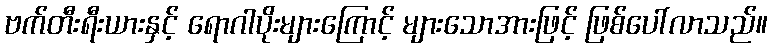
ဗက်တီးရီးယားနှင့် ရောဂါပိုးများကြောင့် များသောအားဖြင့် ဖြစ်ပေါ်လာသည်။